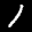
Label: 1